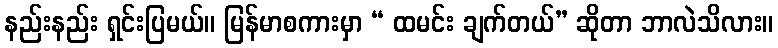
နည်းနည်း ရှင်းပြမယ်။ မြန်မာစကားမှာ “ ထမင်း ချက်တယ်” ဆိုတာ ဘာလဲသိလား။